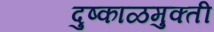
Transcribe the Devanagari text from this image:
दुष्काळमुक्ती